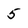
Character: 5